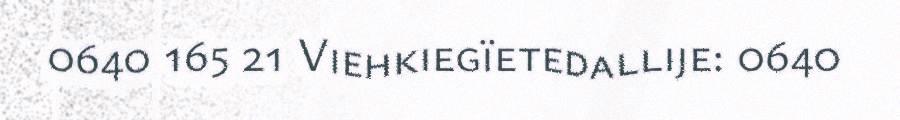
0640 165 21 Viehkiegïetedallije: 0640